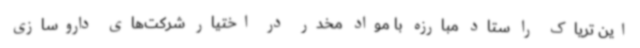
این تریاک را ستاد مبارزه با مواد مخدر در اختیار شرکت‌های داروسازی